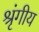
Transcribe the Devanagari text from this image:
श्रृंगीय